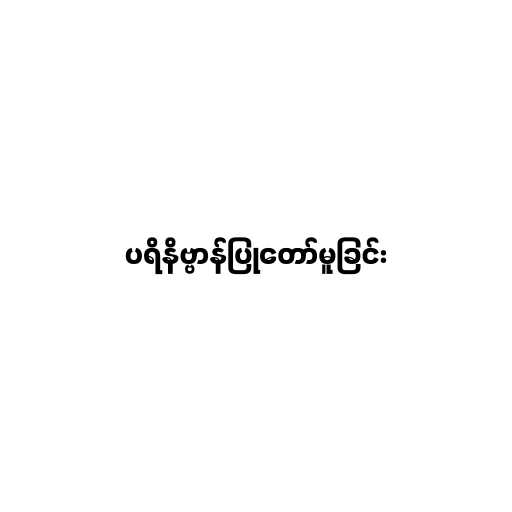
ပရိနိဗ္ဗာန်ပြုတော်မူခြင်း